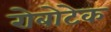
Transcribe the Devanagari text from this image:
रोबोटेक